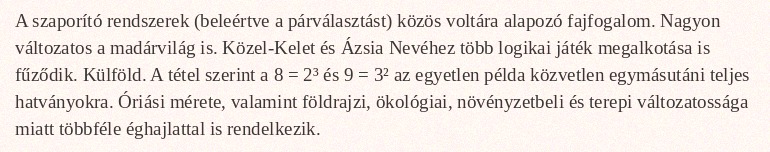
A szaporító rendszerek (beleértve a párválasztást) közös voltára alapozó fajfogalom. Nagyon változatos a madárvilág is. Közel-Kelet és Ázsia Nevéhez több logikai játék megalkotása is fűződik. Külföld. A tétel szerint a 8 = 2³ és 9 = 3² az egyetlen példa közvetlen egymásutáni teljes hatványokra. Óriási mérete, valamint földrajzi, ökológiai, növényzetbeli és terepi változatossága miatt többféle éghajlattal is rendelkezik.